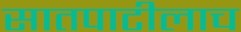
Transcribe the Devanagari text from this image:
सातपाटीलाच